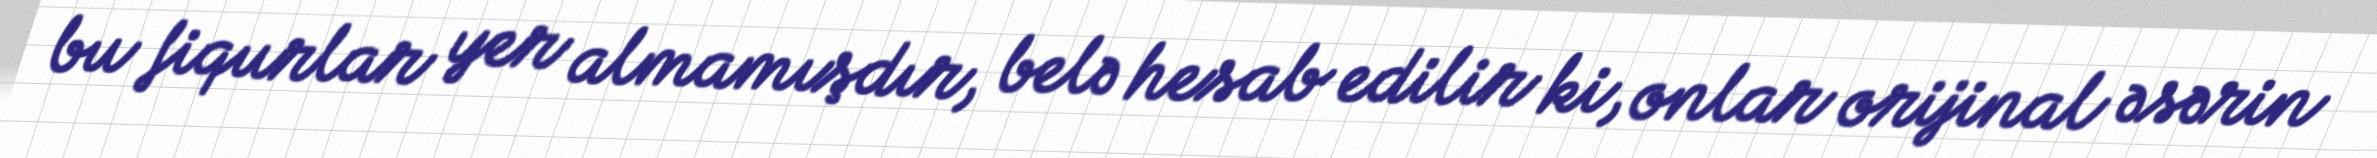
bu fiqurlar yer almamışdır, belə hesab edilir ki, onlar orijinal əsərin